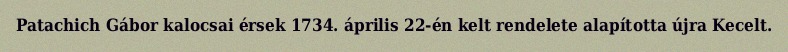
Patachich Gábor kalocsai érsek 1734. április 22-én kelt rendelete alapította újra Kecelt.